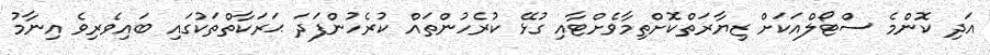
އަދި ކޮންމެ ސްޓޯލްއަކަށް ޒިޔާރަތްކޮށްތިމާވެށްޓާއި ގުޅޭ ކުރެހުންތައް ކުރެހުންފަދަ ޙަރަކާތްތަކުގައި ބައިވެރިވެ އިނާމު